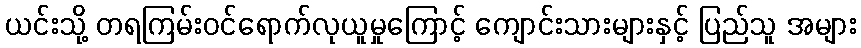
ယင်းသို့ တရကြမ်းဝင်ရောက်လုယူမှုကြောင့် ကျောင်းသားများနှင့် ပြည်သူ အများ